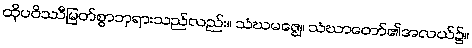
ထိုပဝိဿီမြတ်စွာဘုရားသည်လည်း။ သံဃမဇ္ဈေ၊ သံဃာတော်၏အလယ်၌။